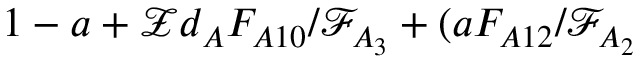
1 - a + \mathcal { Z } d _ { A } F _ { A 1 0 } / \mathcal { F } _ { A _ { 3 } } + ( a F _ { A 1 2 } / \mathcal { F } _ { A _ { 2 } }